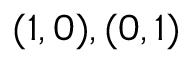
( 1 , 0 ) , ( 0 , 1 )